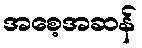
အစေ့အဆန်